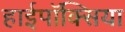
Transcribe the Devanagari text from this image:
हाईपॉक्सिया